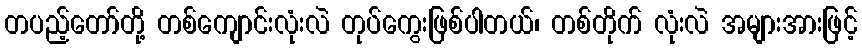
တပည့်တော်တို့ တစ်ကျောင်းလုံးလဲ တုပ်ကွေးဖြစ်ပါတယ်၊ တစ်တိုက် လုံးလဲ အများအားဖြင့်